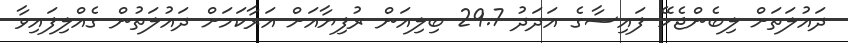
ދައުލަތަށް ލިބެންޖެހޭ ފައިސާގެ އަދަދު 29.7 ބިލިއަން ރުފިޔާއަށް އަރާކަމަށް ދައުލަތުން ގެއްލިފައިވާ